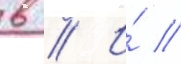
в // И́ //